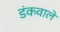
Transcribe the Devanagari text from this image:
डंकवाले